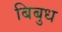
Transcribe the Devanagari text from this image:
बिबुध